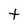
Character: t